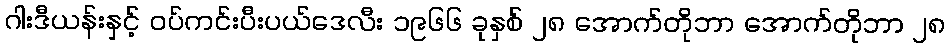
ဂါးဒီယန်းနှင့် ဝပ်ကင်းပီးပယ်ဒေလီး ၁၉၆၆ ခုနှစ် ၂၈ အောက်တိုဘာ အောက်တိုဘာ ၂၈